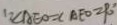
\because \angle A E O = \angle A E O = 9 0 ^ { \circ }